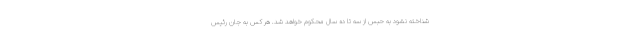
شناخته نشود به حبس از سه تا ده سال محکوم خواهد شد. هر کس به جان رئیس